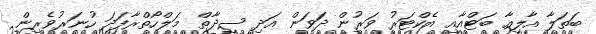
ބަތަލާ އާލިއާ ބަޓްއާއި އެކްޓަރު ވަރުން ދަވަން އަދި ސިދާތް މަލްހޯތްރާފަދަ ހުނަރުވެރިން